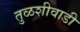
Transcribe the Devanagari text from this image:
तुळशीवाडी